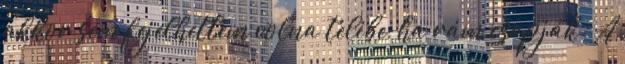
akkor sem fejelhettem volna telibe, ha rám csapják. A